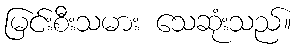
မြင်းစီးသမား သေဆုံးသည်။